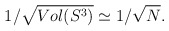
\begin{align*}1/\sqrt{Vol(S^3)} \simeq 1/\sqrt{N}.\end{align*}